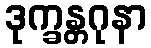
ဒုက္ခန္တဂုနာ